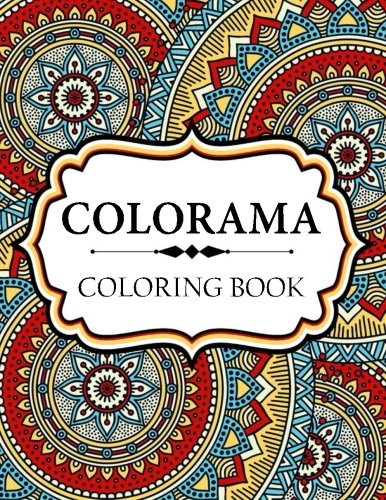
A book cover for Colorama Coloring Book: Stress Relieving Patterns : Coloring Books For Adults, coloring books for adults relaxation, coloring book for grown ups (Volume 21); Colorama Coloring Book; Arts & Photography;